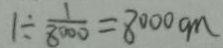
1 \div \frac { 1 } { 8 0 0 0 } = 8 0 0 0 c m